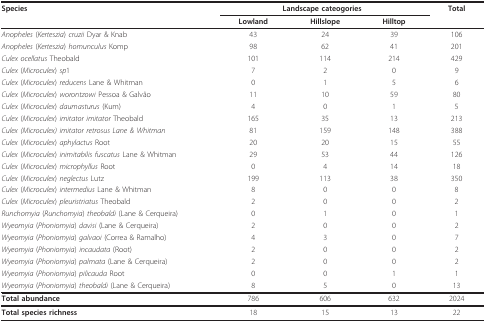
<table><thead><tr><td><b>Species</b></td><td colspan="3"><b>Landscape cateogories</b></td><td><b>Total</b></td></tr><tr><td></td><td><b>Lowland</b></td><td><b>Hillslope</b></td><td><b>Hilltop</b></td><td></td></tr></thead><tbody><tr><td><i>Anopheles </i>(<i>Kerteszia</i>) <i>cruzii </i>Dyar &amp; Knab</td><td>43</td><td>24</td><td>39</td><td>106</td></tr><tr><td><i>Anopheles </i>(<i>Kerteszia</i>) <i>homunculus </i>Komp</td><td>98</td><td>62</td><td>41</td><td>201</td></tr><tr><td><i>Culex ocellatus </i>Theobald</td><td>101</td><td>114</td><td>214</td><td>429</td></tr><tr><td><i>Culex </i>(<i>Microculex</i>) <i>sp</i>1</td><td>7</td><td>2</td><td>0</td><td>9</td></tr><tr><td><i>Culex </i>(<i>Microculex</i>) <i>reducens </i>Lane &amp; Whitman</td><td>0</td><td>1</td><td>5</td><td>6</td></tr><tr><td><i>Culex </i>(<i>Microculex</i>) <i>worontzowi </i>Pessoa &amp; Galvão</td><td>11</td><td>10</td><td>59</td><td>80</td></tr><tr><td><i>Culex </i>(<i>Microculex</i>) <i>daumasturus </i>(Kum)</td><td>4</td><td>0</td><td>1</td><td>5</td></tr><tr><td><i>Culex </i>(<i>Microculex</i>) <i>imitator imitator </i>Theobald</td><td>165</td><td>35</td><td>13</td><td>213</td></tr><tr><td><i>Culex (Microculex) imitator retrosus Lane &amp; Whitman</i></td><td>81</td><td>159</td><td>148</td><td>388</td></tr><tr><td><i>Culex </i>(<i>Microculex</i>) <i>aphylactus </i>Root</td><td>20</td><td>20</td><td>15</td><td>55</td></tr><tr><td><i>Culex </i>(<i>Microculex</i>) <i>inimitabilis fuscatus </i>Lane &amp; Whitman</td><td>29</td><td>53</td><td>44</td><td>126</td></tr><tr><td><i>Culex </i>(<i>Microculex</i>) <i>microphyllus </i>Root</td><td>0</td><td>4</td><td>14</td><td>18</td></tr><tr><td><i>Culex </i>(<i>Microculex</i>) <i>neglectus </i>Lutz</td><td>199</td><td>113</td><td>38</td><td>350</td></tr><tr><td><i>Culex </i>(<i>Microculex</i>) <i>intermedius </i>Lane &amp; Whitman</td><td>8</td><td>0</td><td>0</td><td>8</td></tr><tr><td><i>Culex </i>(<i>Microculex</i>) <i>pleuristriatus </i>Theobald</td><td>2</td><td>0</td><td>0</td><td>2</td></tr><tr><td><i>Runchomyia </i>(<i>Runchomyia</i>) <i>theobaldi </i>(Lane &amp; Cerqueira)</td><td>0</td><td>1</td><td>0</td><td>1</td></tr><tr><td><i>Wyeomyia </i>(<i>Phoniomyia</i>) <i>davisi </i>(Lane &amp; Cerqueira)</td><td>2</td><td>0</td><td>0</td><td>2</td></tr><tr><td><i>Wyeomyia </i>(<i>Phoniomyia</i>) <i>galvaoi </i>(Correa &amp; Ramalho)</td><td>4</td><td>3</td><td>0</td><td>7</td></tr><tr><td><i>Wyeomyia </i>(<i>Phoniomyia</i>) <i>incaudata </i>(Root)</td><td>2</td><td>0</td><td>0</td><td>2</td></tr><tr><td><i>Wyeomyia </i>(<i>Phoniomyia</i>) <i>palmata </i>(Lane &amp; Cerqueira)</td><td>2</td><td>0</td><td>0</td><td>2</td></tr><tr><td><i>Wyeomyia </i>(<i>Phoniomyia</i>) <i>pilicauda </i>Root</td><td>0</td><td>0</td><td>1</td><td>1</td></tr><tr><td><i>Wyeomyia </i>(<i>Phoniomyia</i>) <i>theobaldi </i>(Lane &amp; Cerqueira)</td><td>8</td><td>5</td><td>0</td><td>13</td></tr><tr><td><b>Total abundance</b></td><td>786</td><td>606</td><td>632</td><td>2024</td></tr><tr><td><b>Total species richness</b></td><td>18</td><td>15</td><td>13</td><td>22</td></tr></tbody></table>